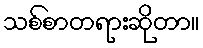
သစ်စာတရားဆိုတာ။